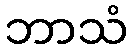
ဘာသံ